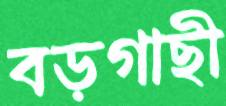
বড়গাছী